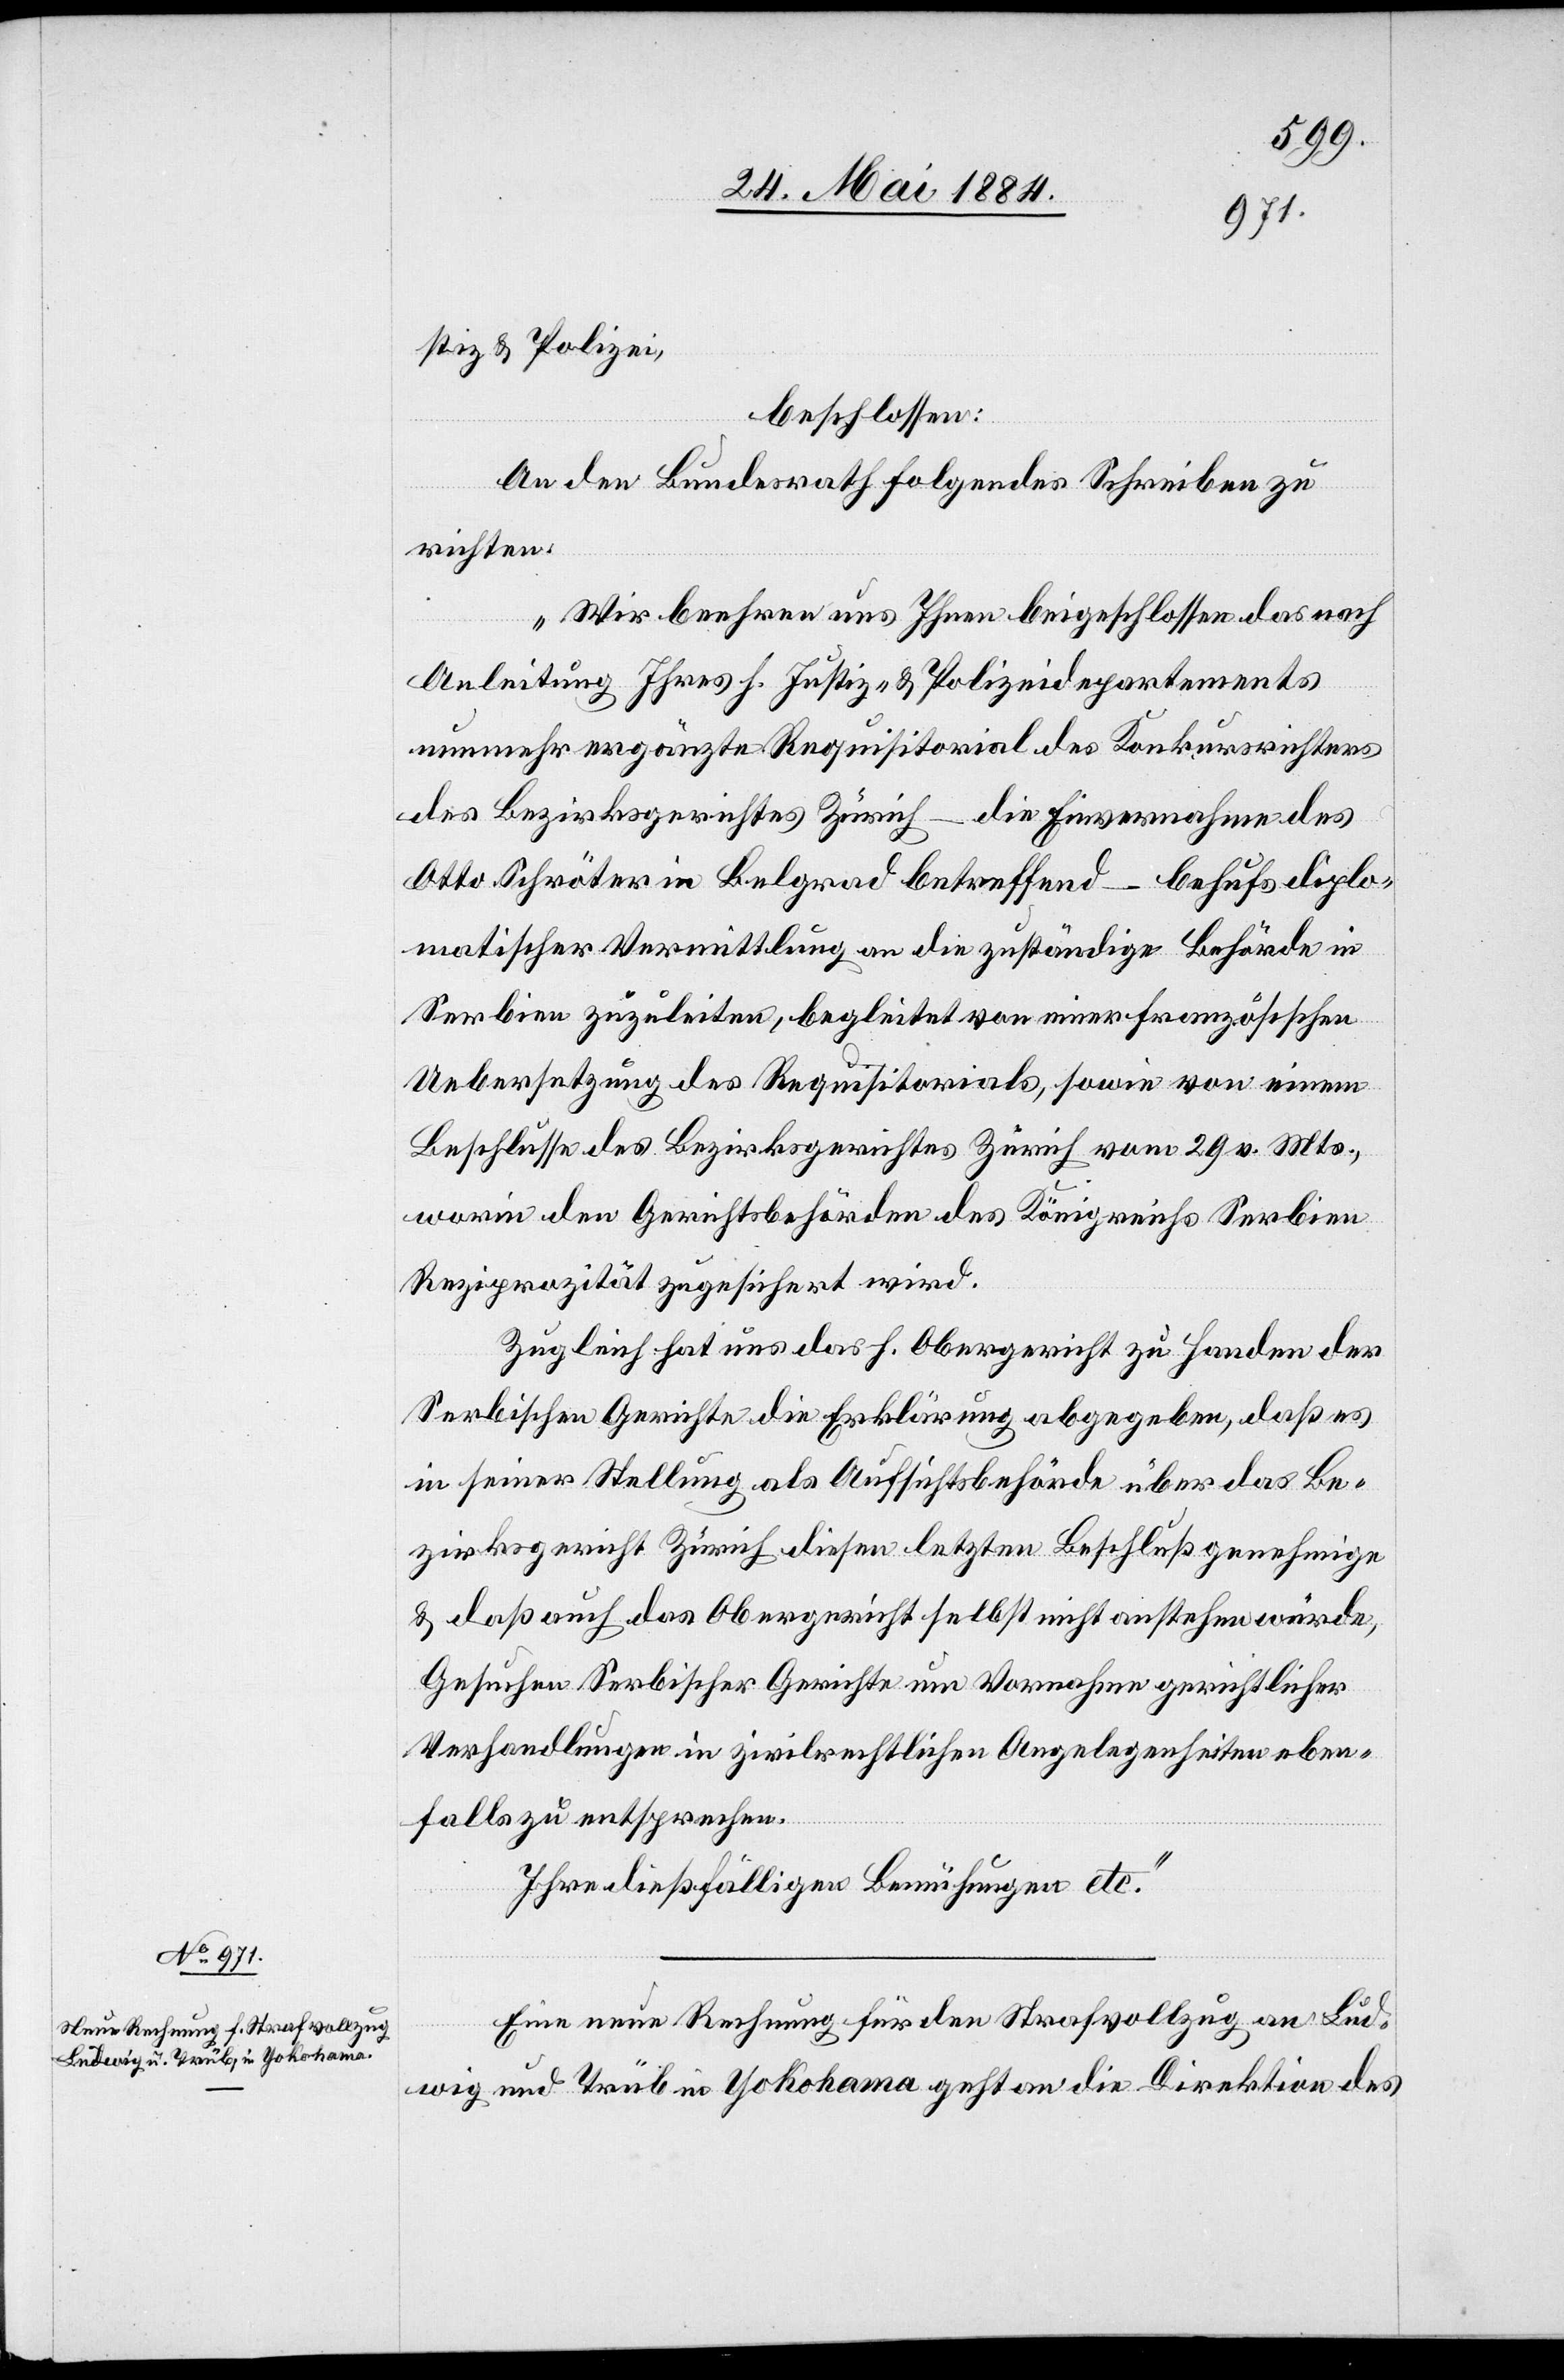
26. Mai 1884.]
stiz & Polizei,
beschlossen:
An den Bundesrath folgendes Schreiben zur
richten:
„Wir beehren uns Ihnen beigeschlossen das nach
Anleitung Ihres h. Justiz- & Polizeidepartements
des Bezirksgerichtes Zürich – die Einvernahme des
Otto Schröter in Belgrad betreffend – behufs diplo¬
matischer Vermittlung an die zuständige Behörde in
Serbien zuzuleiten, begleitet von einer französischen
Uebersetzung des Requisitorials, sowie von einem
Beschlusse des Bezirksgerichtes Zürich vom 29. v. Mts.,
worin den Gerichtsbehörden des Königreichs Serbien
Reziprozität zugesichert wird.
Zugleich hat uns das h. Obergericht zu Handen der
Serbischen Gerichte die Erklärung abgegeben, daß es
in seiner Stellung als Aufsichtsbehörde über das Be¬
zirksgericht Zürich diesen letzten Beschluß genehmige
& daß auch das Obergericht selbst nicht anstehen würde,
Gesuchen Serbischer Gerichte um Vornahme gerichtlicher
Verhandlungen in zivilrechtlichen Angelegenheiten eben¬
falls zu entsprechen.
Ihre dießfälligen Bemühungen etc.“
Eine neue Rechnung für den Strafvollzug an Lud¬
wig und Trüb in Yokohama geht an die Direktion des